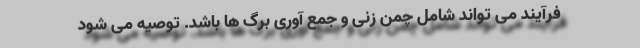
فرآیند می تواند شامل چمن زنی و جمع آوری برگ ها باشد. توصیه می شود